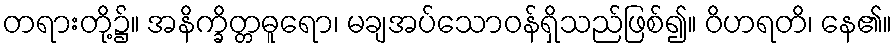
တရားတို့၌။ အနိက္ခိတ္တဓူရော၊ မချအပ်သောဝန်ရှိသည်ဖြစ်၍။ ဝိဟရတိ၊ နေ၏။